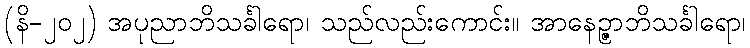
(နိ-၂၀၂) အပုညာဘိသင်္ခါရော၊ သည်လည်းကောင်း။ အာနေဉ္ဇာဘိသင်္ခါရော၊